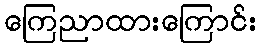
ကြေညာထားကြောင်း